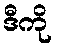
ဒီကို